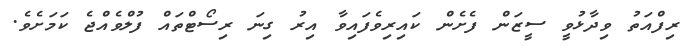
ރިފްއަތު ވިދާޅުވީ ސީޒަން ފެށެން ކައިރިވެފައިވާ އިރު ގިނަ ރިސޯޓްތައް ފުލްވެއްޖެ ކަމަށެވެ.